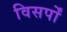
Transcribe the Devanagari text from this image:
विसर्पों